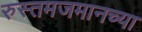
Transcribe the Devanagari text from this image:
रुस्तमजमानच्या